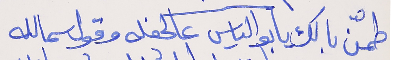
طمّن بالك يا بو الياس      عالحفله وقول سمالله